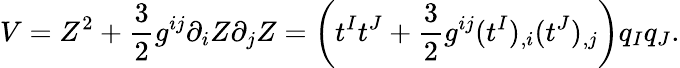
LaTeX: V=Z^{2}+{\frac{3}{2}}g^{ij}\partial_{i}Z\partial_{j}Z=\left(t^{I}t^{J}+{\frac{3}{2}}g^{ij}(t^{I})_{,i}(t^{J})_{,j}\right)q_{I}q_{J}.